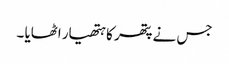
جس نے پتھر کا ہتھیار اٹھایا ۔